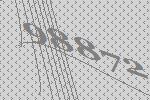
98872